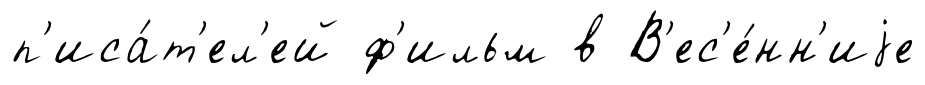
п'иса́т'ел'ей ф'ильм в В'ес'е́нн'иjе